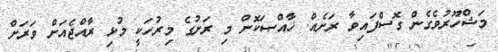
މަޝްހޫރުވެގެން ގޮސްފައިވާ ރަށެއް. ޚާއްޞަކޮށް މި ރަށުގެ މިރުހަކީ މުޅި ރާއްޖެއަށް ވަރަށް